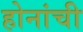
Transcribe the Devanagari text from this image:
होनांची